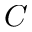
C